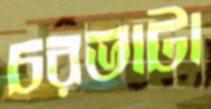
চরভাটা